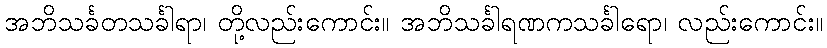
အဘိသင်္ခတသင်္ခါရာ၊ တို့လည်းကောင်း။ အဘိသင်္ခါရဏကသင်္ခါရော၊ လည်းကောင်း။